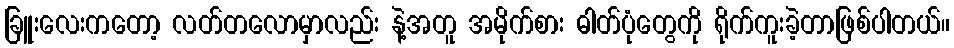
ခြူးလေးကတော့ လတ်တလောမှာလည်း နဲ့အတူ အမိုက်စား ဓါတ်ပုံတွေကို ရိုက်ကူးခဲ့တာဖြစ်ပါတယ်။